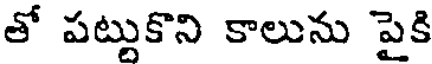
తో పట్టుకొని కాలును పైకి